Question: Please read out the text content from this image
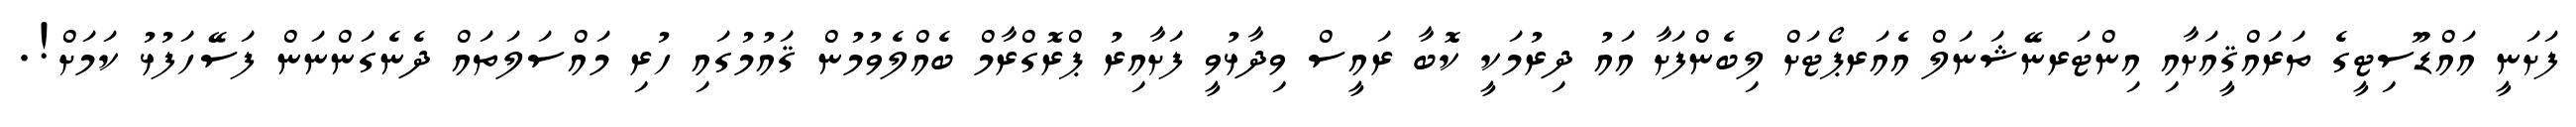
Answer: ފަށަނީ އައްޑޫސިޓީގެ ތަރައްޤީއަށާއި އިންޓަރނޭޝަނަލް އެއަރޕޯޓަށް ލިބެންފަށާ އައު ދިރުމަކީ ކޮބާ ރައީސް ވިދާޅުވީ ފަށާއިރު ޕްރޮގްރާމް ބެއްލެވުމުން ޤައުމުގައި ހުރި މައްސަލަތައް ދެނެގަންނަން ފަސޭހަފުޅު ކަމަށް!.